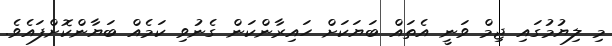
މި ލިޔުމުގައި ޖިމް ވަނީ އެތައް ބަޔަކަށް ހައިރާންކަން ގެނުވި ކަމެއް ބަޔާންކޮށްފައެވެ.